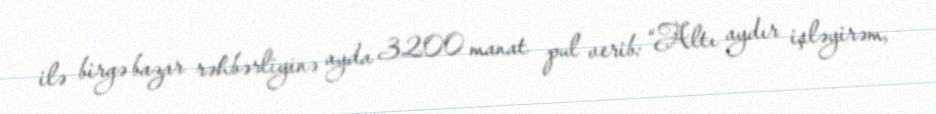
ilə birgə bazar rəhbərliyinə ayda 3200 manat pul verib: “Altı aydır işləyirəm,